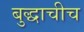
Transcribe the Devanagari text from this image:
बुद्धाचीच